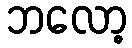
ဘလော့